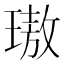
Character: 璈